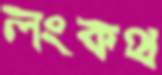
লংকথ